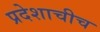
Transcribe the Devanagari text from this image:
प्रदेशाचीच